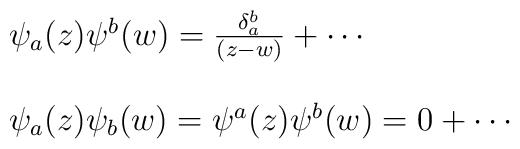
\begin{array}{l}\psi_{a}(z) \psi^{b}(w) = \frac{\delta_{a}^{b}}{(z-w)} + \cdots    \\\  \\\psi_{a}(z) \psi_{b}(w) = \psi^{a}(z) \psi^{b}(w) = 0 + \cdots\end{array}